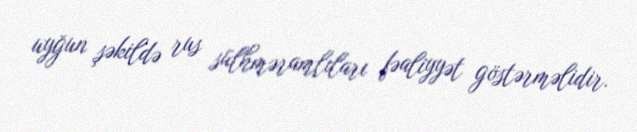
uyğun şəkildə rus sülhməramlıları fəaliyyət göstərməlidir.